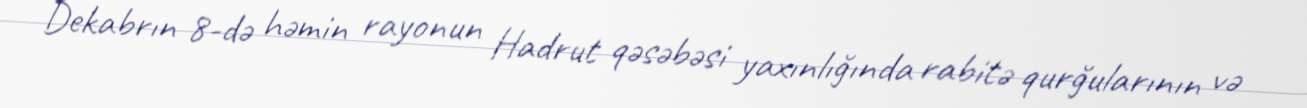
Dekabrın 8-də həmin rayonun Hadrut qəsəbəsi yaxınlığında rabitə qurğularının və